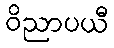
ဝိညာပယီ